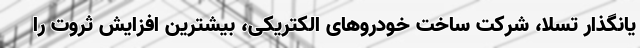
یانگذار تسلا، شرکت ساخت خودروهای الکتریکی، بیشترین افزایش ثروت را